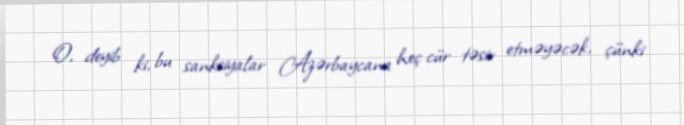
O, deyib ki, bu sanksiyalar Azərbaycana heç cür təsir etməyəcək, çünki